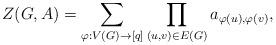
LaTeX: \begin{align*}Z(G,A)=\sum_{\varphi:V(G)\to [q]}\prod_{(u,v)\in E(G)}a_{\varphi(u),\varphi(v)},\end{align*}